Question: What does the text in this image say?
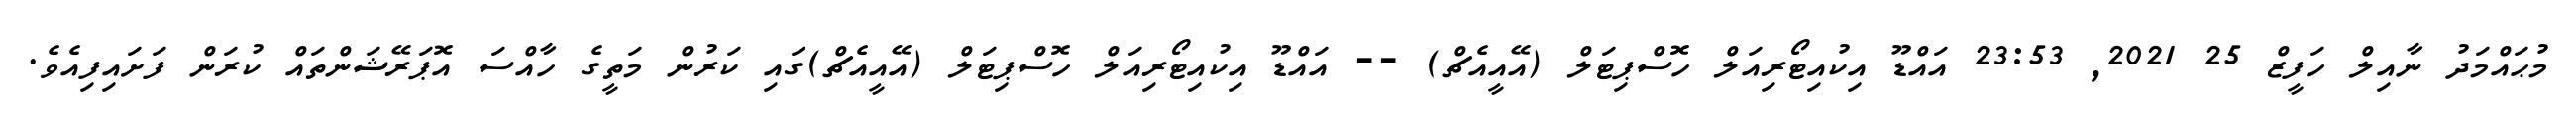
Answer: މުޙައްމަދު ނާއިލް ހަފީޒް 25 2021, 23:53 އައްޑޫ އިކުއިޓޯރިއަލް ހޮސްޕިޓަލް (އޭއީއެޗް) -- އައްޑޫ އިކުއިޓޯރިއަލް ހޮސްޕިޓަލް (އޭއީއެޗް)ގައި ކަރުން މަތީގެ ހާއްސަ އޮޕަރޭޝަންތައް ކުރަން ފަށައިފިއެވެ.